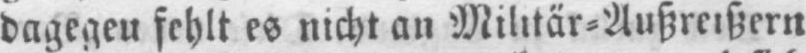
dagegen fehlt es nicht an Militär⸗Außreißern